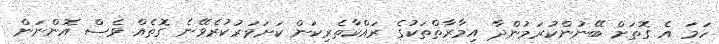
ހަމަ އެ ގޮތަށް ބޭނުންކުރަމުންދާ އިމާރާތްތަކުގެ ރައްކާތެރިކަން ކަށަވަރުކުރެވޭނެ ގޮތެއް ވެސް އޮންނަން